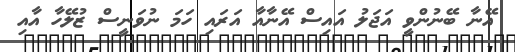
އޭނާ ބޭނުންވީ އަޖަލު އައިސް އޭނާއާ އަރައި ހަމަ ނުވަނީސް ޒުލޭހާ އާއި